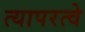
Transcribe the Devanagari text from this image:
त्यापरत्वे